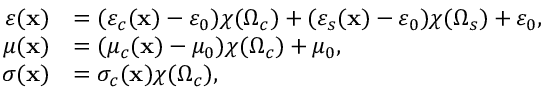
\begin{array} { r l } { \varepsilon ( \mathbf { x } ) } & { = ( \varepsilon _ { c } ( \mathbf { x } ) - \varepsilon _ { 0 } ) \chi ( \Omega _ { c } ) + ( \varepsilon _ { s } ( \mathbf { x } ) - \varepsilon _ { 0 } ) \chi ( \Omega _ { s } ) + \varepsilon _ { 0 } , } \\ { \mu ( \mathbf { x } ) } & { = ( \mu _ { c } ( \mathbf { x } ) - \mu _ { 0 } ) \chi ( \Omega _ { c } ) + \mu _ { 0 } , } \\ { \sigma ( \mathbf { x } ) } & { = \sigma _ { c } ( \mathbf { x } ) \chi ( \Omega _ { c } ) , } \end{array}